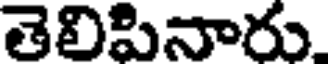
తెలిపినారు.